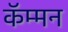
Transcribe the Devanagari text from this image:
कॅम्मन